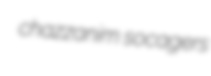
chazzanim socagers